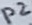
Text: P2